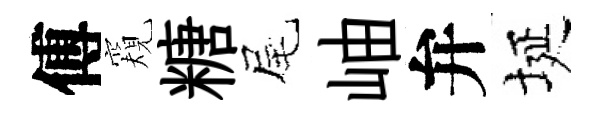
傅窺糖尾岫弁埏